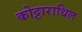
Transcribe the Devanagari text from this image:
कोट्टाराथिल